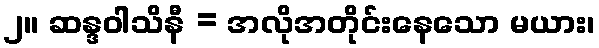
၂။ ဆန္ဒဝါသိနီ = အလိုအတိုင်းနေသော မယား၊